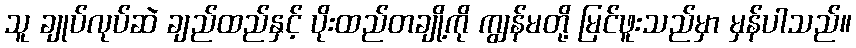
သူ ချုပ်လုပ်ဆဲ ချည်ထည်နှင့် ပိုးထည်တချို့ကို ကျွန်မတို့ မြင်ဖူးသည်မှာ မှန်ပါသည်။